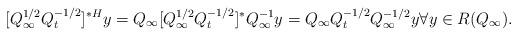
LaTeX: \begin{align*}[Q_\infty^{1/2}Q_t^{-1/2}]^{*H}y = Q_\infty [Q_\infty^{1/2}Q_t^{-1/2}]^*Q_\infty^{-1}y = Q_\infty Q_t^{-1/2}Q_\infty^{-1/2}y \forall y\in R(Q_\infty).\end{align*}